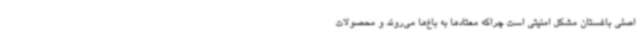
اصلی باغستان مشکل امنیتی است چراکه معتادها به باغ‌ها می‌روند و محصولات